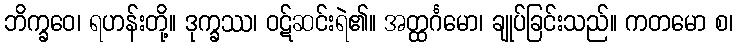
ဘိက္ခဝေ၊ ရဟန်းတို့။ ဒုက္ခဿ၊ ဝဋ်ဆင်းရဲ၏။ အတ္ထင်္ဂမော၊ ချုပ်ခြင်းသည်။ ကတမော စ၊